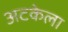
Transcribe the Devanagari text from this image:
अटकेला